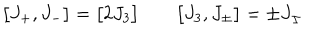
\bigl [ J _ { + } , J _ { - } \bigr ] = \bigl [ 2 J _ { 3 } \bigr ] \qquad \bigl [ J _ { 3 } , J _ { \pm } \bigr ] = \pm J _ { \pm }